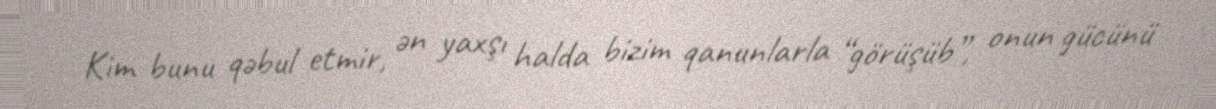
Kim bunu qəbul etmir, ən yaxşı halda bizim qanunlarla “görüşüb”, onun gücünü